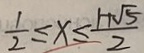
\frac { 1 } { 2 } \leq x \leq \frac { 1 + \sqrt { 5 } } { 2 }